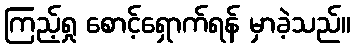
ကြည့်ရှု စောင့်ရှောက်ရန် မှာခဲ့သည်။